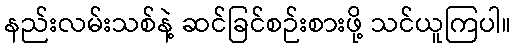
နည်းလမ်းသစ်နဲ့ ဆင်ခြင်စဉ်းစားဖို့ သင်ယူကြပါ။